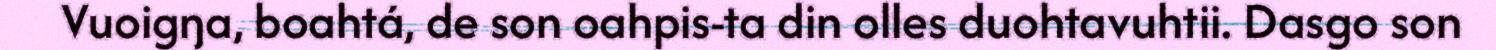
Vuoigŋa, boahtá, de son oahpis-ta din olles duohtavuhtii. Dasgo son